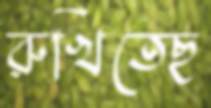
রুখিতেছ